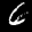
Label: 6